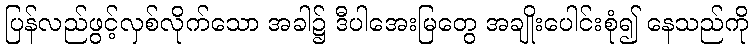
ပြန်လည်ဖွင့်လှစ်လိုက်သော အခါ၌ ဒီပါအေးမြတွေ အချိုးပေါင်းစုံ၍ နေသည်ကို